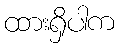
ထားရှိပါက